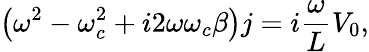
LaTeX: \left(\omega^{2}-\omega_{c}^{2}+i2\omega\omega_{c}\beta\right)j=i\frac{\omega}{L}V_{0},